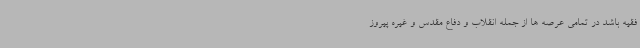
فقیه باشد در تمامی عرصه ها از جمله انقلاب و دفاع مقدس و غیره پیروز